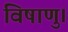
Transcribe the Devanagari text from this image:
विषाणु।